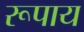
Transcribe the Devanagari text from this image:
रूपाय